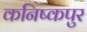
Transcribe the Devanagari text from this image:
कनिष्कपुर